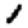
Digit: 1